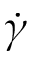
\dot { \gamma }